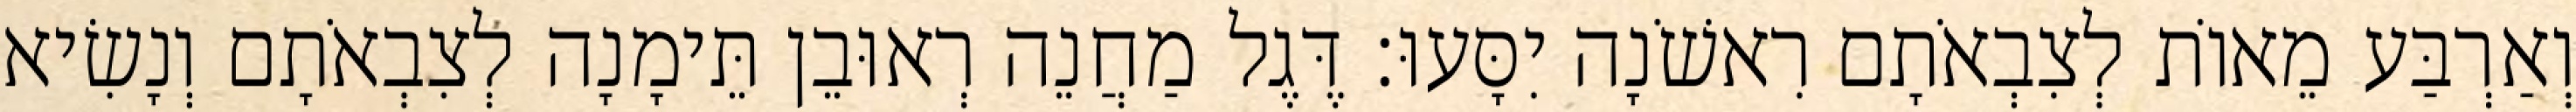
וְאַרְבַּע מֵאוֹת לְצִבְאֹתָם רִאשֹׁנָה יִסָּעוּ׃ דֶּגֶל מַחֲנֵה רְאוּבֵן תֵּימָנָה לְצִבְאֹתָם וְנָשִׂיא